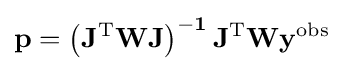
\mathbf {p=\left(J^{\mathrm {T} }WJ\right)^{-1}J^{\mathrm {T} }Wy^{\mathrm {obs} }}